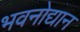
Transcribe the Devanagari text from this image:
भवनोद्यान